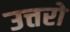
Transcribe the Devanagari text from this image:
उत्तरो